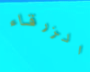
الزرقاء